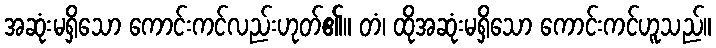
အဆုံးမရှိသော ကောင်းကင်လည်းဟုတ်၏။ တံ၊ ထိုအဆုံးမရှိသော ကောင်းကင်ဟူသည်။